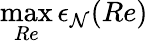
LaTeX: \operatorname*{max}_{Re}\epsilon_{\mathcal{N}}(Re)